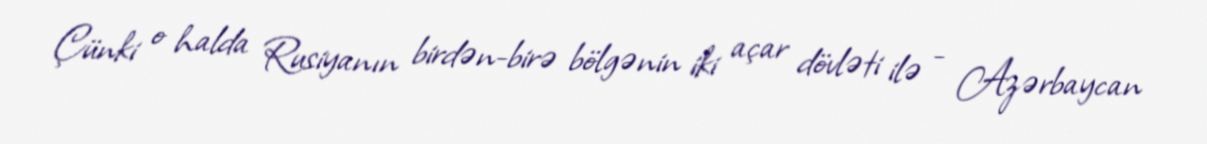
Çünki o halda Rusiyanın birdən-birə bölgənin iki açar dövləti ilə - Azərbaycan